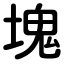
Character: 塊